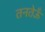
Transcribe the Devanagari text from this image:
तनतेऊँ